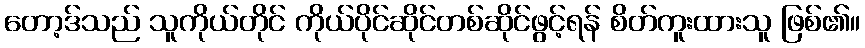
တော့ဒ်သည် သူကိုယ်တိုင် ကိုယ်ပိုင်ဆိုင်တစ်ဆိုင်ဖွင့်ရန် စိတ်ကူးထားသူ ဖြစ်၏။